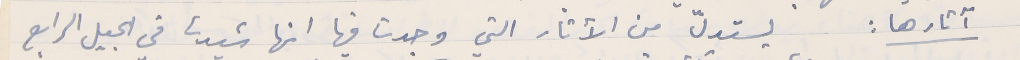
آثارها : يستدلّ من الآثار التي وجدت فيها انها شيدت في الجيل الرابع